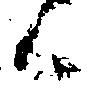
候